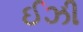
ઈઝી